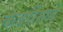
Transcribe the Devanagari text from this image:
कबरींमध्ये